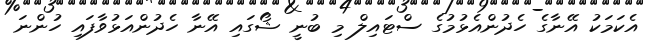
އެކަމަކު އޭނާގެ ހެދުންއެޅުމުގެ ސްޓައިލް މި ބުނީ ޝޯގައި އޭނާ ހެދުންއަޅުވާފައި ހުންނަ